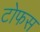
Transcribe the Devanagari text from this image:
टोफस